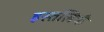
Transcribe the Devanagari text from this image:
हस्तलिपी